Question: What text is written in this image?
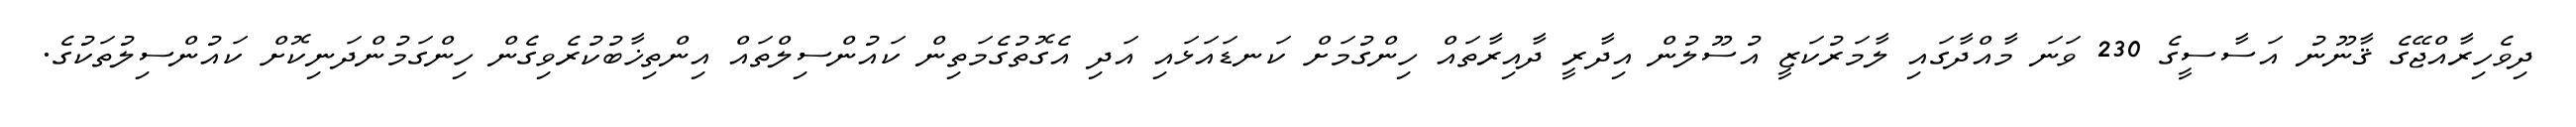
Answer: ދިވެހިރާއްޖޭގެ ޤާނޫނު އަސާސީގެ 230 ވަނަ މާއްދާގައި ލާމަރުކަޒީ އުސޫލުން އިދާރީ ދާއިރާތައް ހިންގުމަށް ކަނޑައަޅައި އަދި އެގޮތުގެމަތިން ކައުންސިލްތައް އިންތިޚާބުކުރެވިގެން ހިންގަމުންދަނިކޮށް ކައުންސިލުތަކުގެ.